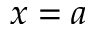
x = a